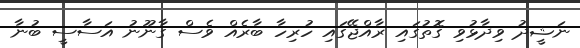
ނަޝީދު ވިދާޅުވި ގޮތުގައި ރާއްޖޭގައި ހުރިހާ ބާރެއް ވެސް ގާނޫނު އަސާސީ ބުނާ